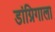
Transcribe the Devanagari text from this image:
डांग्रिगाला